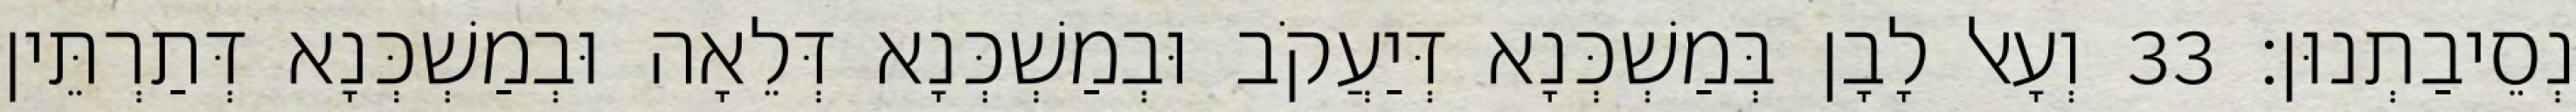
נְסֵיבַתְנוּן׃ 33 וְעָאל לָבָן בְּמַשְׁכְּנָא דְּיַעֲקֹב וּבְמַשְׁכְּנָא דְּלֵאָה וּבְמַשְׁכְּנָא דְּתַרְתֵּין